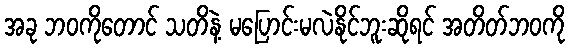
အခု ဘဝကိုတောင် သတိနဲ့ မပြောင်းမလဲနိုင်ဘူးဆိုရင် အတိတ်ဘဝကို